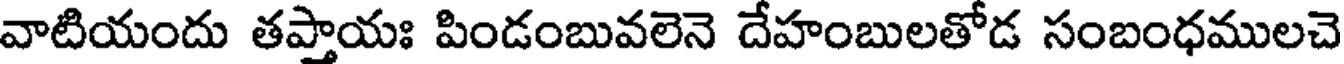
వాటియందు తప్తాయః పిండంబువలెనె దేహంబులతోడ సంబంధములచె